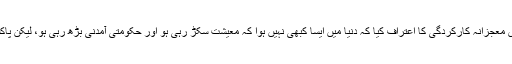
انہوں نے حکومت کی اس معجزانہ کارکردگی کا اعتراف کیا کہ دنیا میں ایسا کبھی نہیں ہوا کہ معیشت سکڑ رہی ہو اور حکومتی آمدنی بڑھ رہی ہو، لیکن پاکستان میں ایسا ہو رہا ہے۔